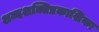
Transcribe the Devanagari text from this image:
शब्दशक्तिप्रकाशिका